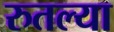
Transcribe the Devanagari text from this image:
रुतल्या